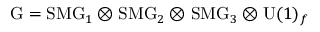
\mathrm { G } = \mathrm { S M G } _ { 1 } \otimes \mathrm { S M G } _ { 2 } \otimes \mathrm { S M G } _ { 3 } \otimes \mathrm { U } ( 1 ) _ { f }